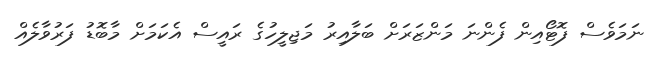
ނަމަވެސް ފޮޓޯއިން ފެންނަ މަންޒަރަށް ބަލާއިރު މަޖިލީހުގެ ރައީސް އެކަމަށް މާބޮޑު ފަރުވާލެއް